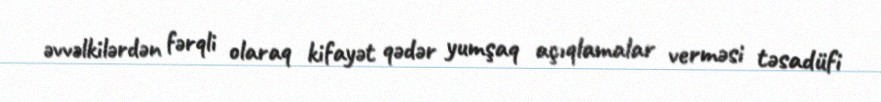
əvvəlkilərdən fərqli olaraq kifayət qədər yumşaq açıqlamalar verməsi təsadüfi